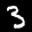
Label: 3